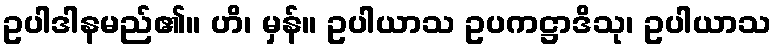
ဥပါဒါနမည်၏။ ဟိ၊ မှန်။ ဥပါယာသ ဥပကဋ္ဌာဒိသု၊ ဥပါယာသ